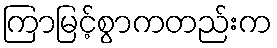
ကြာမြင့်စွာကတည်းက